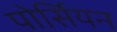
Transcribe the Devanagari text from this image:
पोर्सियन